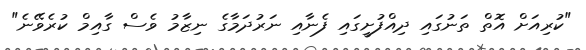
"ކުރިއަށް އޮތް ތަނުގައި ދިއްފުށީގައި ފެނާއި ނަރުދަމާގެ ނިޒާމު ވެސް ގާއިމް ކުރެވޭނެ"